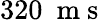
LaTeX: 320~\mathrm{~m~s~}